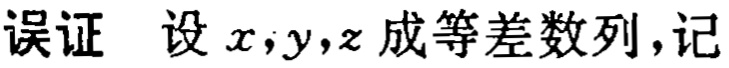
误证 设 \(x,y,z\) 成等差数列,记